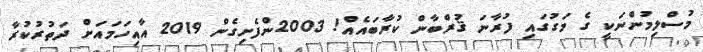
މުސްލިމުންނަކީ ގެ މަގުގައި ފުރާނަ ޤުރްބާން ކުރާބައެއް! 2003ންފެށިގެން 2019 އާއިހަމައަށް ދަތުރުކުރާ